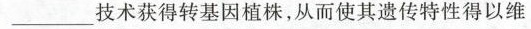
___技术获得转基因植株，从而使其遗传特性得以维